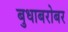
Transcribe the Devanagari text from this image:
बुधाबरोबर